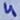
Text: 4